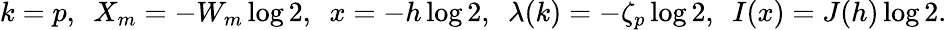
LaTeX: k=p,\ \ X_{m}=-W_{m}\log 2,\ \ x=-h\log 2,\ \ \lambda(k)=-\zeta_{p}\log 2,\ \ I(x)=J(h)\log 2.